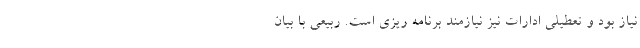
نیاز بود و تعطیلی ادارات نیز نیازمند برنامه ریزی است. ربیعی با بیان